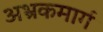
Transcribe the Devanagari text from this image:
अभ्रकमार्ग